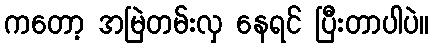
ကတော့ အမြဲတမ်းလှ နေရင် ပြီးတာပါပဲ။